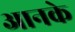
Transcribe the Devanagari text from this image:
आनके